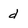
Character: d